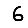
Digit: 6